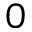
0